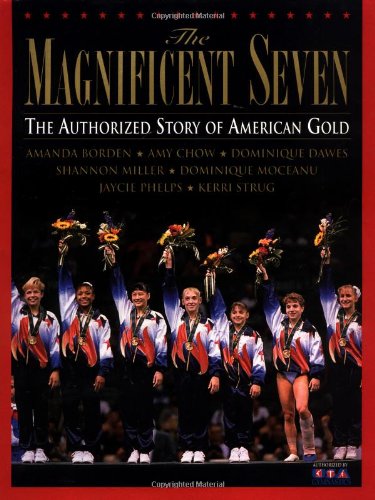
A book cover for The Magnificent Seven: The Authorized Story of American Gold; N.H. Kleinbaum; Sports & Outdoors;